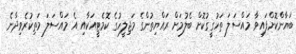
ބަޔާންކޮށްފައިވާ މައްސަލަ ތަހުގީގުކޮށް ބެލުމަށް ރައްޔިތުންގެ މަޖިލީހުގެ ކޮމެޓީއަކާއި އެ މައްސަލަ މަތިކުރެވިދާނެ